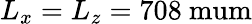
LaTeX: L_{x}=L_{z}=708\mathrm{\ mum}